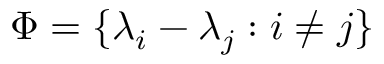
\Phi = \{ \lambda _ { i } - \lambda _ { j } : i \neq j \}